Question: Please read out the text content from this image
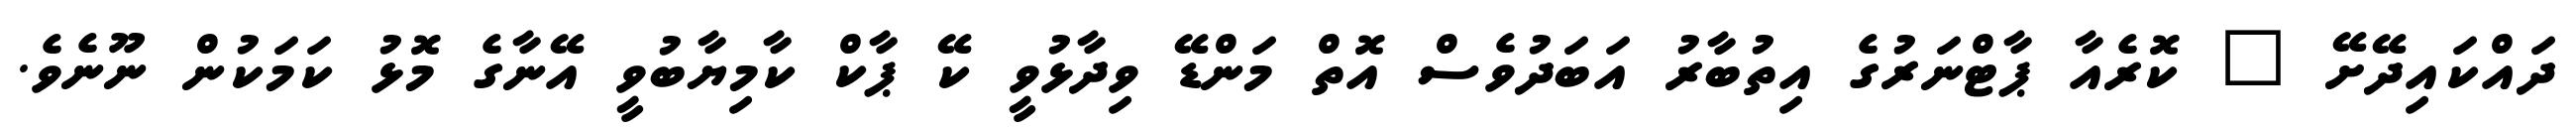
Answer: ދައްކައިދޭށޭ " ކޮރެއާ ޕާޓްނަރުގެ އިތުބާރު އަބަދުވެސް އޮތް މަންޑޭ ވިދާޅުވީ ކޭ ޕާކް ކާމިޔާބުވީ އޭނާގެ މޮޅު ކަމަކުން ނޫނެވެ.